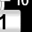
Digit: 1